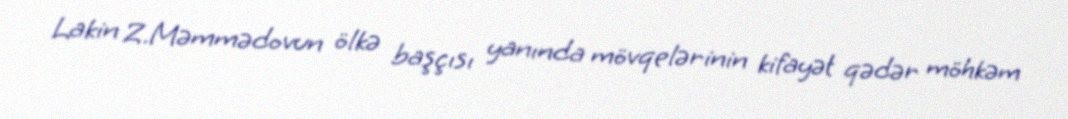
Lakin Z.Məmmədovun ölkə başçısı yanında mövqelərinin kifayət qədər möhkəm